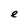
Character: e